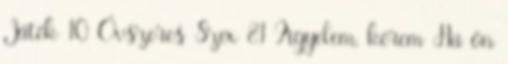
Játék 10 Óvszeres Szex 81 Figyelem, kérem Ha ön